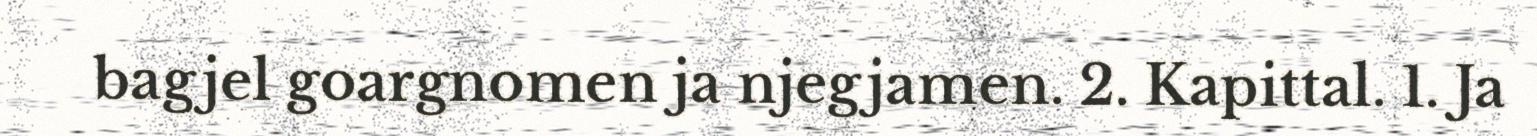
bagjel goargnomen ja njegjamen. 2. Kapittal. 1. Ja